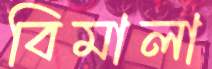
বিমালা